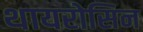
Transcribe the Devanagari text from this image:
थायरोसिन